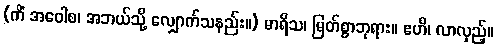
(ကိံ အဝေါစ၊ အဘယ်သို့ လျှောက်သနည်း။) မာရိသ၊ မြတ်စွာဘုရား။ ဧဟိ၊ လာလှည့်။